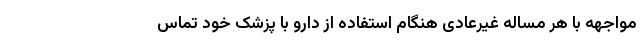
مواجهه با هر مساله غیرعادی هنگام استفاده از دارو با پزشک خود تماس